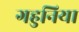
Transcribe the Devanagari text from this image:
गहुनिया